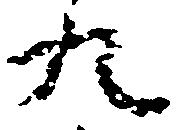
九